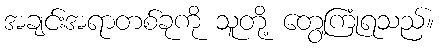
အချင်းအရာတစ်ခုကို သူတို့ တွေ့ကြုံရသည်။